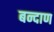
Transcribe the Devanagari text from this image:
बन्दाण